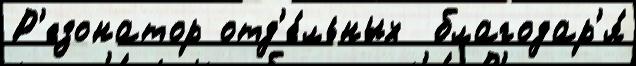
Р'езонатор отд'е́льных  благодар'я́